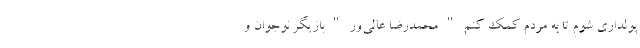
پولداری شوم تا به مردم کمک کنم " محمدرضا عالی‌ور " بازیگر نوجوان و